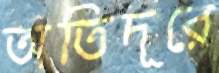
অতিদূরে